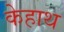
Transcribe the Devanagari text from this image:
केहाथ